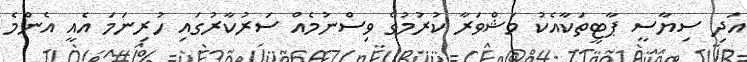
އަދި ސިޔާސީ ޕާޓީތަކާއެކު މަޝްވަރާ ކުރުމުގެ ވިސްނުމެއް ސަރުކާރުގައި ހުރިނަމަ އެއީ އެންމެ